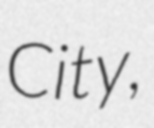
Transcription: City,